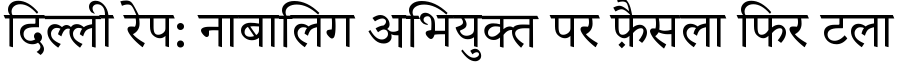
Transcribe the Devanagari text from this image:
दिल्ली रेप: नाबालिग अभियुक्त पर फ़ैसला फिर टला